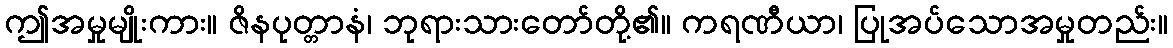
ဤအမှုမျိုးကား။ ဇိနပုတ္တာနံ၊ ဘုရားသားတော်တို့၏။ ကရဏီယာ၊ ပြုအပ်သောအမှုတည်း။